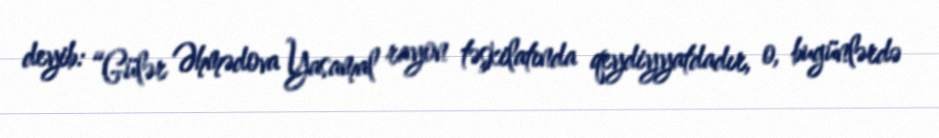
deyib: “Gülər Əhmədova Yasamal rayon təşkilatında qeydiyyatdadır, o, bugünlərdə